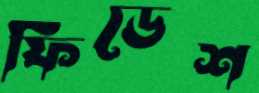
ফিডেশ